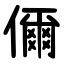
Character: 儞